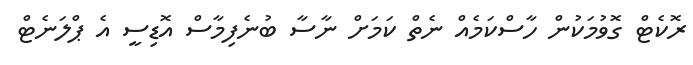
ރޮކެޓް ގޮވުމަކުން ހާސްކަމެއް ނެތް ކަމަށް ނާސާ ބުނެފިމާސް އޮޑިސީ އެ ޕްލަނެޓް